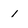
Character: 1